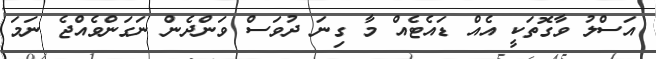
އަސްލު ވާގޮތަކީ އެއް ޑައެޓެއް މާ ގިނަ ދުވަސް ވަންދެން ނަގަންވެއްޖެ ނަމަ